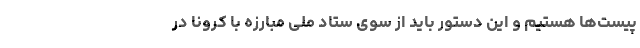
پیست‌ها هستیم و این دستور باید از سوی ستاد ملی‌ مبارزه با کرونا در